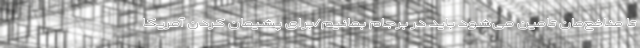
تا منافع‌مان تامین می‌شود باید در برجام بمانیم/برای پشیمان کردن آمریکا